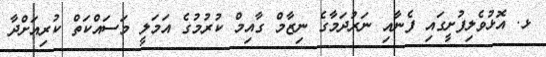
ޅ. އޮޅުވެލިފުށީގައި ފެނާއި ނަރުދަމާގެ ނިޒާމް ގާއިމް ކުރުމުގެ އަމަލީ މަސައްކަތް ކުރިއަށްދާ